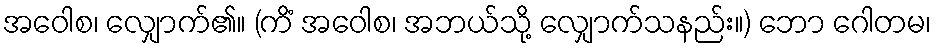
အဝေါစ၊ လျှောက်၏။ (ကိံ အဝေါစ၊ အဘယ်သို့ လျှောက်သနည်း။) ဘော ဂေါတမ၊